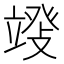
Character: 𱷬